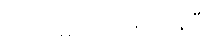
သတ်မှတ်ပေးထားပြီး